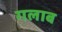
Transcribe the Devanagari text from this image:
गलाब